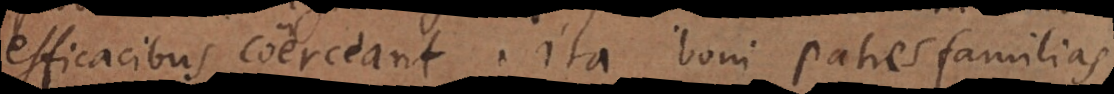
efficacibus coerceant. Ita boni patres familias